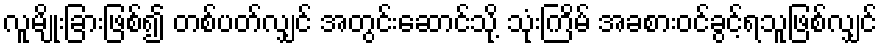
လူမျိုးခြားဖြစ်၍ တစ်ပတ်လျှင် အတွင်းဆောင်သို့ သုံးကြိမ် အခစားဝင်ခွင့်ရသူဖြစ်လျှင်